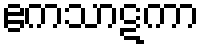
ဧကသာဋကာ